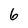
Character: 6